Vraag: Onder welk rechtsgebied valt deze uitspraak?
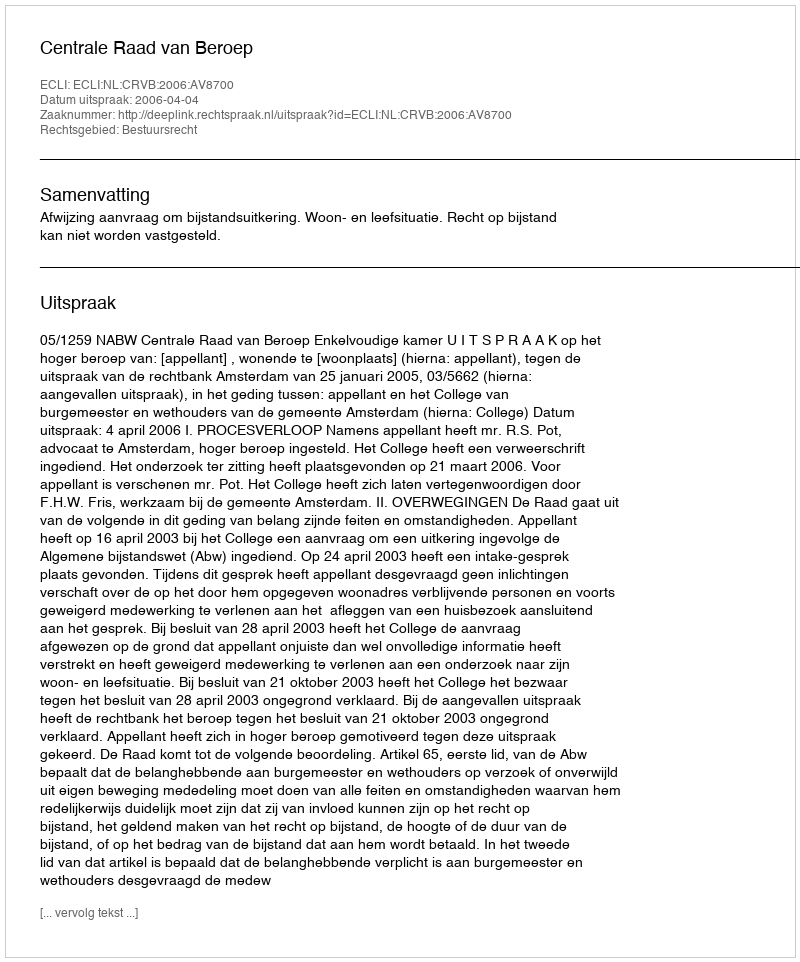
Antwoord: Bestuursrecht